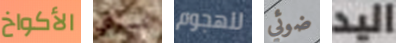
الأكواخ نسوي للهجوم ضوئي اليد